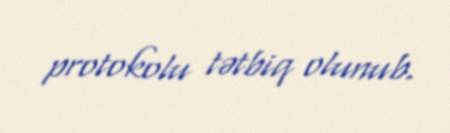
protokolu tətbiq olunub.